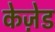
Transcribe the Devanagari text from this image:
केज़ेड